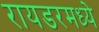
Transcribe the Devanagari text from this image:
रायडरमध्ये